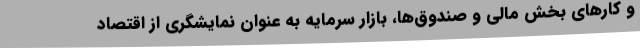
و کارهای بخش مالی و صندوق‌ها، بازار سرمایه به عنوان نمایشگری از اقتصاد